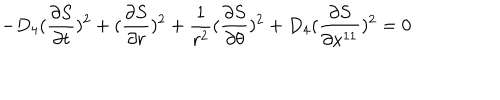
- D _ { 4 } ( { \frac { \partial S } { \partial t } } ) ^ { 2 } + ( { \frac { \partial S } { \partial r } } ) ^ { 2 } + { \frac { 1 } { r ^ { 2 } } } ( { \frac { \partial S } { \partial \theta } } ) ^ { 2 } + D _ { 4 } ( { \frac { \partial S } { \partial x ^ { 1 1 } } } ) ^ { 2 } = 0 ~